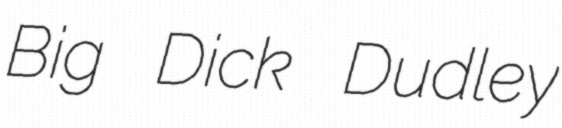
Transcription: Big Dick Dudley